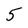
Character: 5